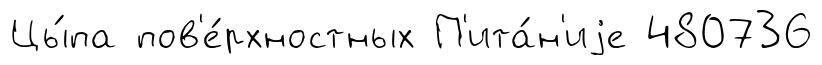
Цы́па пов'е́рхностных П'ита́н'иjе 480736